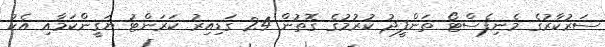
ސަރުކާރުގެ މެނިފެސްޓޯ ތަންފީޛު ކުރުމުގެ ގޮތުން 24 ގަޑިއިރު ކަރަންޓު ޔަޤީންކަމާއި އެކު